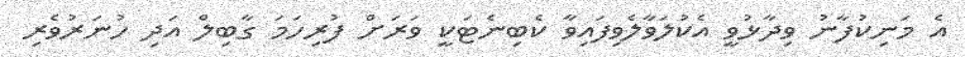
އެ މަނިކުފާނު ވިދާޅުވީ އެކުލަވާލެވިފައިވާ ކެބިނެޓަކީ ވަރަށް ފުރިހަމަ ގާބިލް އަދި ހުނަރުވެރި